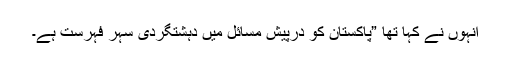
انہوں نے کہا تھا ”پاکستان کو درپیش مسائل میں دہشتگردی سہرِ فہرست ہے۔